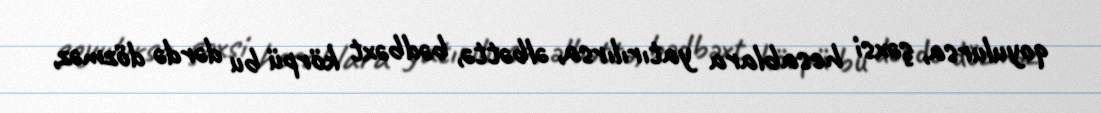
qoyulursa, şəxsi hesablara yatırılırsa, əlbəttə, bədbəxt körpü bu dərdə dözməz,